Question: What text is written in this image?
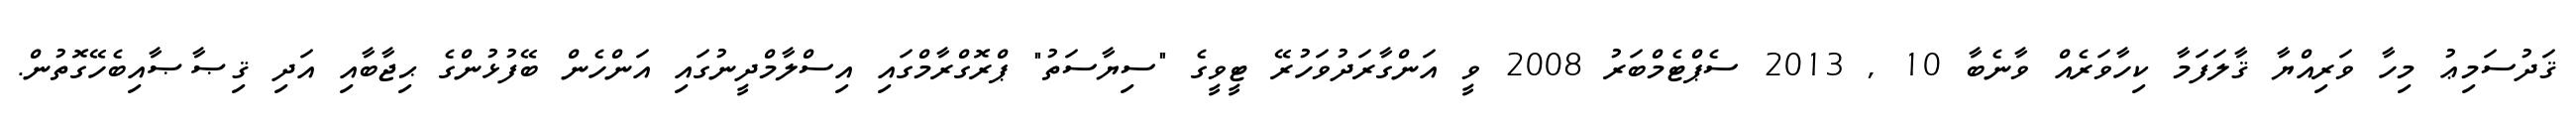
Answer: ޤަދުސަމިޢު މިހާ ވަރިއްޔާ ޤާލަފަމާ ކިހާވަރެއް ވާނެބާ 10 , 2013 ސެޕްޓެމްބަރު 2008 ވީ އަންގާރަދުވަހުރޭ ޓީވީގެ "ސިޔާސަތު" ޕްރޮގްރާމްގައި އިސްލާމްދީނުގައި އަންހެން ބޭފުޅުންގެ ޙިޖާބާއި އަދި ޤިޞާޞާއިބެހޭގޮތުން.